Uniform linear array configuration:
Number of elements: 4
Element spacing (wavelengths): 0.25
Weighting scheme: uniform
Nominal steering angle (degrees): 15
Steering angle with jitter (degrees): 14.938
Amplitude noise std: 0.05
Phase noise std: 0.05

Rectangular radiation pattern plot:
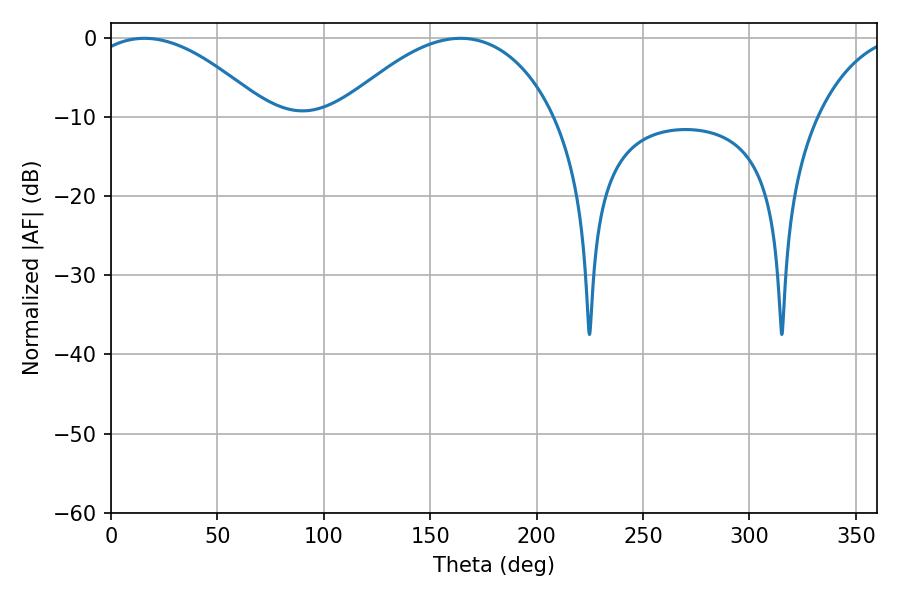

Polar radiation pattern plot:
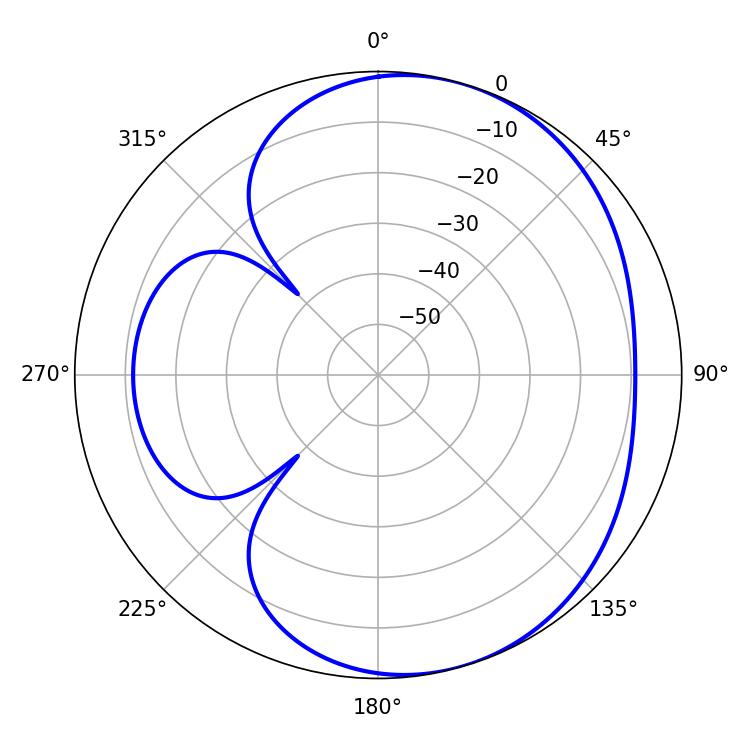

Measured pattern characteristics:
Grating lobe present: FALSE
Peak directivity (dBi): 4.818
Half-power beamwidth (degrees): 46.44
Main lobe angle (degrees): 15.66